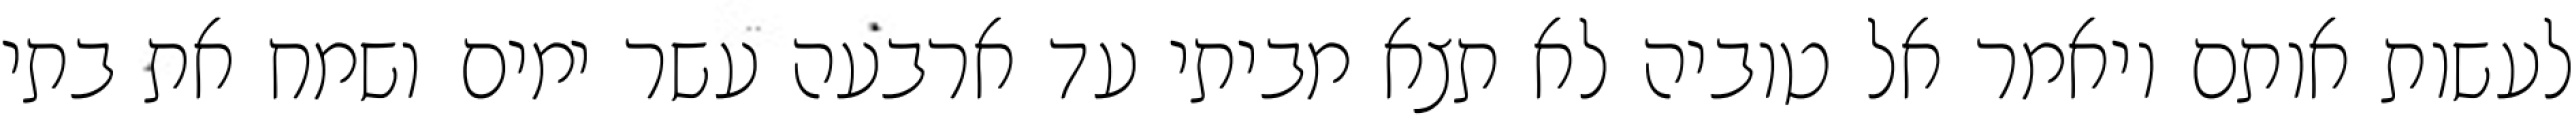
לעשות אותם ויאמר אל טוביה לא תצא מביתי עד ארבעה עשר ימים ושמח את בתי